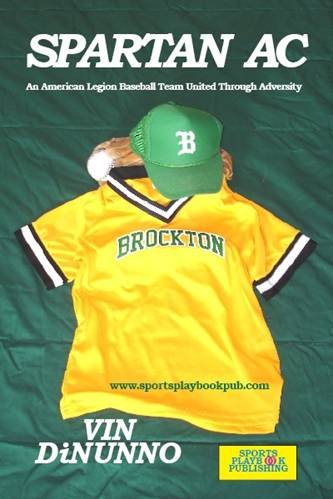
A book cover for Spartan Ac: An American Legion Baseball Team United Through Adversity; Vin Dinunno; Teen & Young Adult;